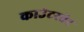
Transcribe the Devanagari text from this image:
काउंटरवेट